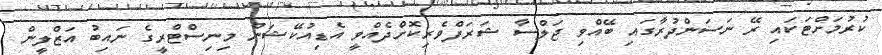
ކުރުމަށްޓަކައި ރޭ ނަސަންދުރާގައި ބޭއްވި ޖަލްސާ ޝަރަފްވެރިކޮށްދެއްވީ އެޑިއުކޭޝަން މިނިސްޓްރީގެ ނައިބު އަޒްލީން